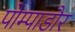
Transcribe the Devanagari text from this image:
पोम्पाडौर